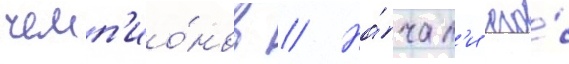
чемп'ио́нов // На́чал'и его́